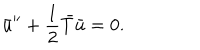
\bar { u } ^ { \prime \prime } + { \frac { 1 } { 2 } } \bar { T } \bar { u } = 0 .